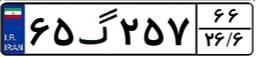
۶۵گ۲۵۷۶۶